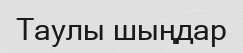
Таулы шыңдар